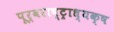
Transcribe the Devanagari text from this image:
पूर्वराष्ट्राध्यक्ष